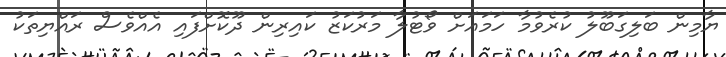
ޔާމިން ބަލިގަބޫލު ކުރެވުމާ ހަމައަށް ވޯޓުލާ މަރުކަޒު ކައިރިން ދޫކޮށްފައި އެއްވެސް ރައްޔިތަކު